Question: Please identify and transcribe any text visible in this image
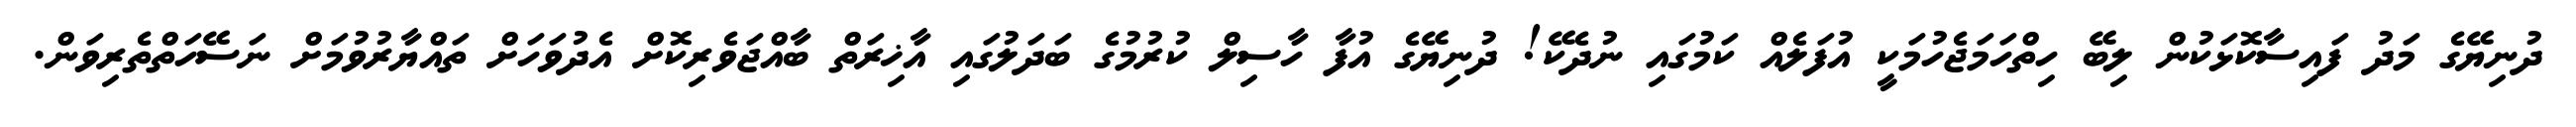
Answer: ދުނިޔޭގެ މަދު ފައިސާކޮޅަކުން ލިބޭ ހިތްހަމަޖެހުމަކީ އުފަލެއް ކަމުގައި ނުދެކޭ! ދުނިޔޭގެ އުފާ ހާސިލް ކުރުމުގެ ބަދަލުގައި އާޚިރަތް ބާއްޖަވެރިކޮށް އެދުވަހަށް ތައްޔާރުވުމަށް ނަސޭހަތްތެރިވަން.